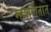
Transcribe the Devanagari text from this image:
म्हणणतात